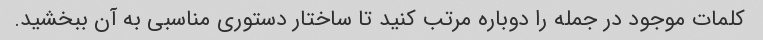
کلمات موجود در جمله را دوباره مرتب کنید تا ساختار دستوری مناسبی به آن ببخشید.